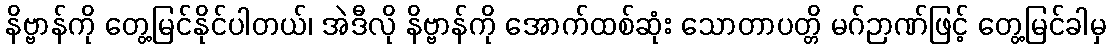
နိဗ္ဗာန်ကို တွေ့မြင်နိုင်ပါတယ်၊ အဲဒီလို နိဗ္ဗာန်ကို အောက်ထစ်ဆုံး သောတာပတ္တိ မဂ်ဉာဏ်ဖြင့် တွေ့မြင်ခါမှ